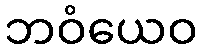
ဘဝံယေဝ